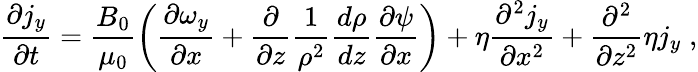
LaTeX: \frac{\partial j_{y}}{\partial t}=\frac{B_{0}}{\mu_{0}}\left(\frac{\partial\omega_{y}}{\partial x}+\frac{\partial}{\partial z}\frac{1}{\rho^{2}}\frac{d\rho}{dz}\frac{\partial\psi}{\partial x}\right)+\eta\frac{\partial^{2}j_{y}}{\partial x^{2}}+\frac{\partial^{2}}{\partial z^{2}}\eta j_{y}\; ,